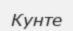
Кунте